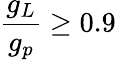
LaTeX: {\frac{g_{L}}{g_{p}}}\geq 0.9